Leaving Certificate Examination (including Day School Certificate (Higher) General paper), 1937
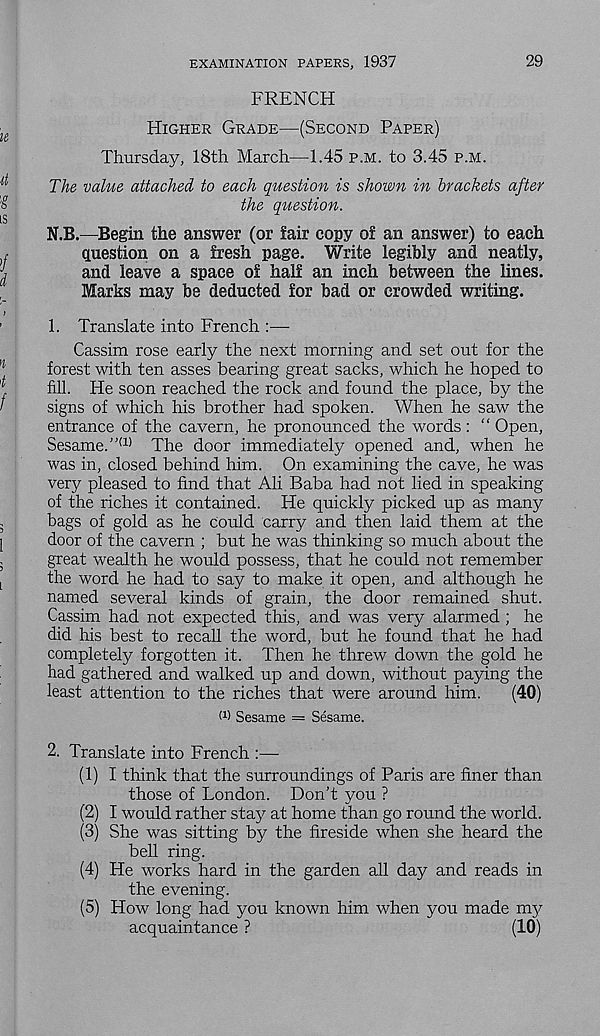
29
EXAMINATION PAPERS, 1937
FRENCH
Higher Grade—(Second Paper)
Thursday, 18th March—1.45 p.m. to 3.45 p.m.
The value attached to each question is shown in brackets after
the question.
N.B.—Begin the answer (or fair copy of an answer) to each
question on a fresh page. Write legibly and neatly,
and leave a space of half an inch between the lines.
Marks may be deducted for bad or crowded writing.
1. Translate into French
Cassim rose early the next morning and set out for the
forest with ten asses bearing great sacks, which he hoped to
fill. He soon reached the rock and found the place, by the
signs of which his brother had spoken. When he saw the
entrance of the cavern, he pronounced the words : “ Open,
Sesame.” (1) The door immediately opened and, when he
was in, closed behind him. On examining the cave, he was
very pleased to find that Ali Baba had not lied in speaking
of the riches it contained. He quickly picked up as many
bags of gold as he Could carry and then laid them at the
door of the cavern ; but he was thinking so much about the
great wealth he would possess, that he could not remember
the word he had to say to make it open, and although he
named several kinds of grain, the door remained shut.
Cassim had not expected this, and was very alarmed ; he
did his best to recall the word, but he found that he had
completely forgotten it. Then he threw down the gold he
had gathered and walked up and down, without paying the
least attention to the riches that were around him.
(40)
W Sesame = Sesame.
2. Translate into French :—
(1) I think that the surroundings of Paris are finer than
those of London. Don't you ?
(2) I would rather stay at home than go round the world.
(3) She was sitting by the fireside when she heard the
bell ring.
(4) He works hard in the garden all day and reads in
the evening.
(5) How long had you known him when you made my
acquaintance ?
(10)